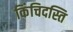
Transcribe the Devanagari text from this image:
किंचिदस्ति